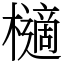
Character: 㰅